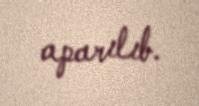
aparılıb.